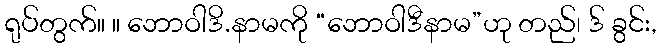
ရုပ်တွက်။ ။ ဘောဝါဒိ.နာမကို “ဘောဝါဒီနာမ”ဟု တည်၊ ဒ် ခွင်း,